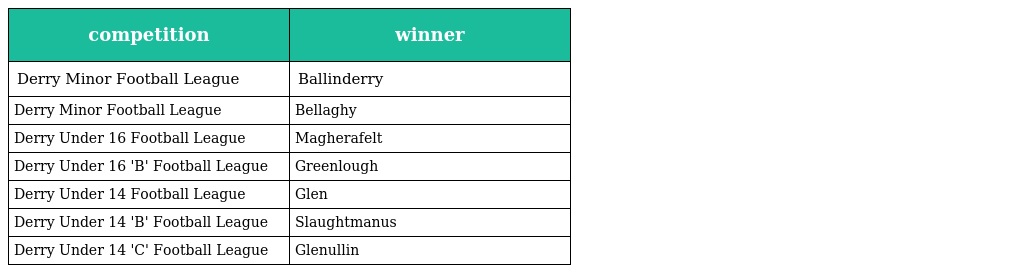
| competition | winner |
 | --- | --- |
 | Derry Minor Football League | Ballinderry |
 | Derry Minor Football League | Bellaghy |
 | Derry Under 16 Football League | Magherafelt |
 | Derry Under 16 'B' Football League | Greenlough |
 | Derry Under 14 Football League | Glen |
 | Derry Under 14 'B' Football League | Slaughtmanus |
 | Derry Under 14 'C' Football League | Glenullin |